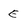
Character: E